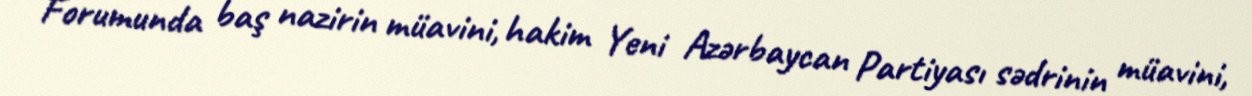
Forumunda baş nazirin müavini, hakim Yeni Azərbaycan Partiyası sədrinin müavini,